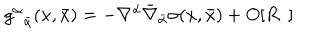
g _ { \; \; { \bar { \alpha } } } ^ { \alpha } ( x , { \bar { x } } ) = - \nabla ^ { \alpha } { \bar { \nabla } } _ { \bar { \alpha } } \sigma ( x , { \bar { x } } ) + O [ R _ { . . } ]